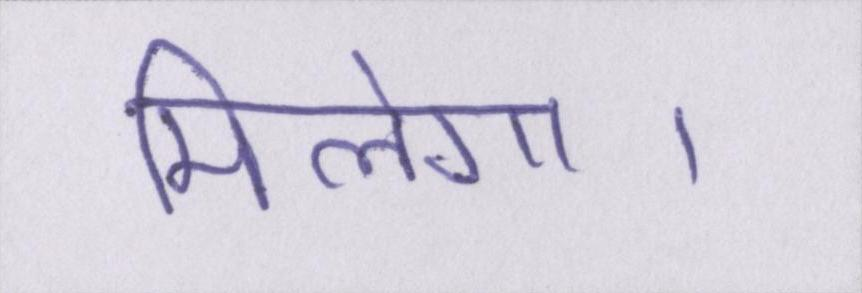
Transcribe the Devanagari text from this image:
मिलेगा।